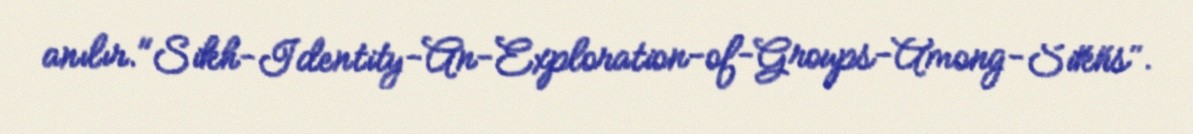
anılır."Sikh-Identity-An-Exploration-of-Groups-Among-Sikhs".